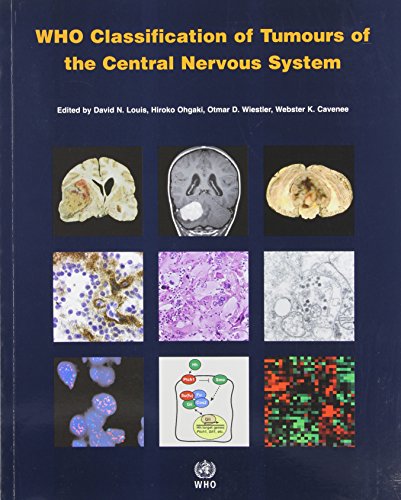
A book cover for WHO Classification of Tumours of the Central Nervous System (IARC WHO Classification of Tumours) (v. 1); The International Agency for Research on Cancer; Medical Books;